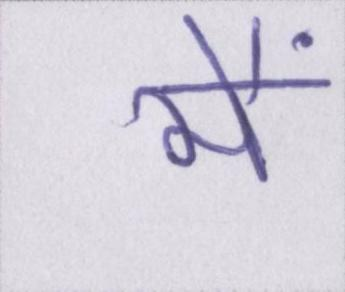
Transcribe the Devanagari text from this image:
मैं